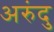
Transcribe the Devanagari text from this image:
अरुंदु